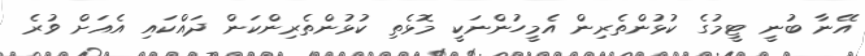
އޭނާ ބުނީ ޓީމުގެ ކުޅުންތެރިން އެމީހުންނަކީ މޮޅެތި ކުޅުންތެރިންކަން ދައްކައި އެއަށް ވުރެ